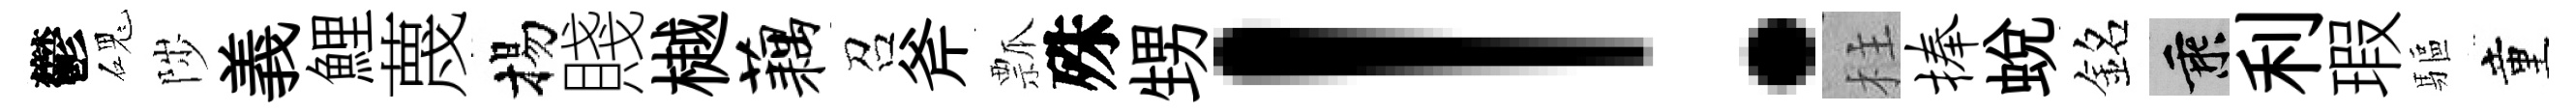
鬱磈陟義鯉蔑揚賤樾藕召斧瓢殊甥！柱捧蛻銘乘利瑕驅童